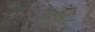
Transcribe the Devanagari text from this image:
४१६८